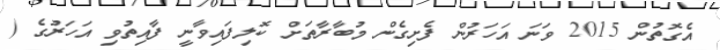
އެގޮތުން 2015 ވަނަ އަހަރުން ފެށިގެން މުބާރާތަށް ކޮލިފައިވާނީ ފާއިތުވި އަހަރުގެ (